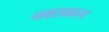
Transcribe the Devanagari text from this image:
नक्षत्रकल्प